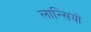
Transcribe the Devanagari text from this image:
लान्सियो